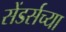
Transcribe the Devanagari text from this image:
सेंडर्सच्या